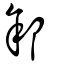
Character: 䣄